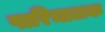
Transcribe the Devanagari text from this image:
पारिचालक